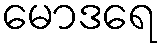
မောဒရေ